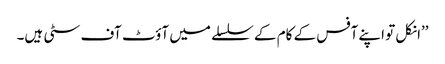
’’انکل تو اپنے آفس کے کام کے سلسلے میں آؤٹ آف سٹی ہیں۔